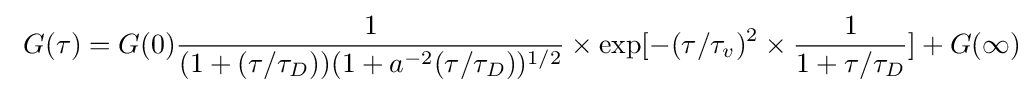
\ G(\tau )=G(0){\frac {1}{(1+(\tau /\tau _{D}))(1+a^{-2}(\tau /\tau _{D}))^{1/2}}}\times \exp[-(\tau /\tau _{v})^{2}\times {\frac {1}{1+\tau /\tau _{D}}}]+G(\infty )